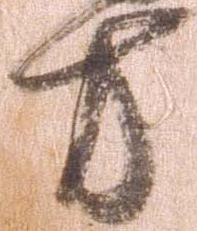
方